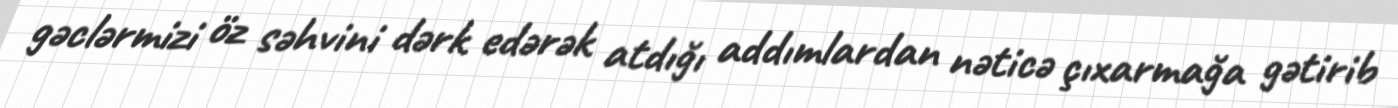
gəclərmizi öz səhvini dərk edərək atdığı addımlardan nəticə çıxarmağa gətirib